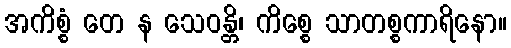
အကိစ္စံ တေ န သေဝန္တိ၊ ကိစ္စေ သာတစ္စကာရိနော။